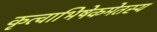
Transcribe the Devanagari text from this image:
कृत्वाभिषेकमेतस्य